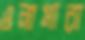
ওলামারা